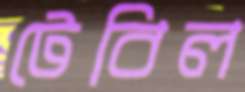
টেবিল